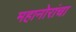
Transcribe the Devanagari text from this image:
महानोरांचा